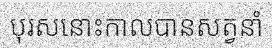
បុរសនោះកាលបានសត្វនាំ